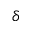
\delta